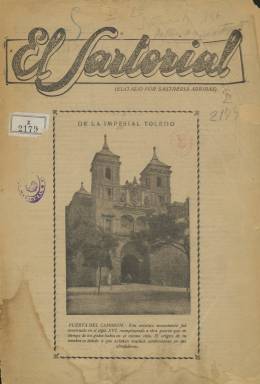
Título: Sartorial (Madrid)
Colección: Moda
Ámbito geográfico: Madrid
Lugar de publicación: Madrid
Fechas: 01/09/1934-29/02/1936

Revista mensual editada por una sastrería madrileña, Sastrería Arribas, como apoyo para la venta de sus prendas. Era distribuida gratuitamente por suscripción. Hubo en la época otras publicaciones con el mismo título o parecido, también iniciativa de sastres en diferentes lugares de España. La palabra sartorial, de origen italiano, significa precisamente sastrería.

   La publicación, de 12 páginas regularmente, era un cajón de sastre, nunca mejor dicho, en la que cabía de todo: política, economía, literatura, deporte, arte, pasatiempos, caricaturas y por supuesto moda. En realidad, todo su contenido iba dirigido a cuidar y a aumentar sus clientes. En sus últimas páginas solía publicar una relación con los nombres de las personas que visitaban y compraban en la sastrería. Eran sobre todo de la provincia de Madrid y de la región manchega, aunque los había de otras provincias españolas.

  En sus cubiertas solía aparecer la imagen de un monumento español y en la última una fotografía de la Sastrería Arribas, que ocupaba la esquina de la calle del Pez con Andrés Borrego, cerca de la calle de San Bernardo y no muy lejos de la Gran Vía.

  La publicación, que debió aparecer en 1927, quedó suspendida en 1931 porque el coste de imprimir y distribuir la revista no era compensado por el aumento de clientes y las ventas de trajes. Así lo explica la propia publicación en el primer número que posee la Biblioteca Nacional de España, de septiembre de 1934 y que es el primero de la segunda época.

  Las páginas dedicadas a la moda actual solían ir acompañadas de fotos de caballeros con las prendas de la temporada, también de señoras en ocasiones, siendo estas las ilustraciones interiores más frecuentes aparte de los chistes gráficos.

  El último número que posee la BNE es el correspondiente a los meses de enero y febrero de 1936, que es muy probablemente el último que se publicó, dado que a partir de entonces la convivencia española se iba a deteriorar progresivamente hasta el estallido de la guerra en julio.

  Precisamente, la portada de este número incluye un artículo titulado ‘Ante las elecciones’ en el que se pide abiertamente el voto para las candidaturas de derechas que, a juicio de la revista, representaban ‘el orden, la autoridad, el trabajo y la tranquilidad de todos’.

[Descripción publicada el 16/8/2022]